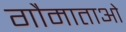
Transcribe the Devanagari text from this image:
गौमाताओं